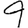
Digit: 9